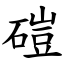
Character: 磑